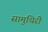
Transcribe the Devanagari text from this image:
सामुथिरी